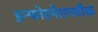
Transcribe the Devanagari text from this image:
इन्फोरमेशनवीक